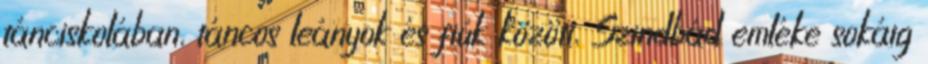
tánciskolában, táncos leányok és fiúk között, Szindbád emléke sokáig